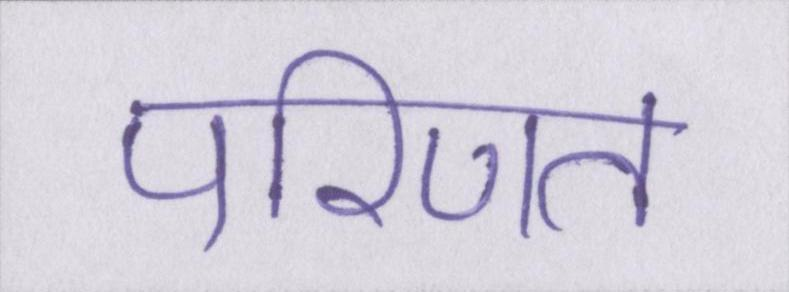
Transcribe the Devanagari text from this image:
परिणत